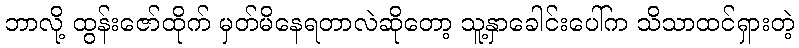
ဘာလို့ ထွန်းဇော်ထိုက် မှတ်မိနေရတာလဲဆိုတော့ သူ့နှာခေါင်းပေါ်က သိသာထင်ရှားတဲ့